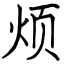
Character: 烦